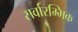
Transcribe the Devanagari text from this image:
सर्वारम्भिक